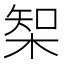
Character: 𣔇